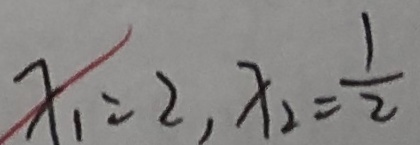
x _ { 1 } = 2 , x _ { 2 } = \frac { 1 } { 2 }